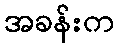
အခန်းက